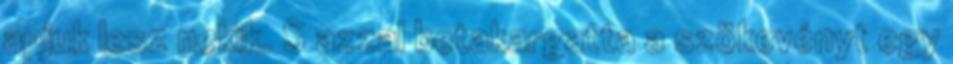
apjuk lesz nekik. S azzal betakargatta a szökevényt egy